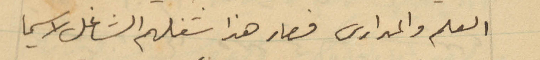
العلم والمدارس فصار هذا شغلهم الشاغل لا سيما